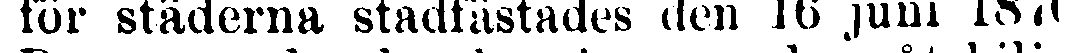
för städerna stadfästades den 16 juni 1870.